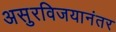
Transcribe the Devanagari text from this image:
असुरविजयानंतर